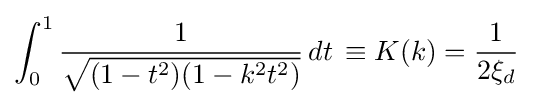
\int _{0}^{1}{\frac {1}{\sqrt {(1-t^{2})(1-k^{2}t^{2})}}}\,dt\,\equiv K(k)={\frac {1}{2\xi _{d}}}